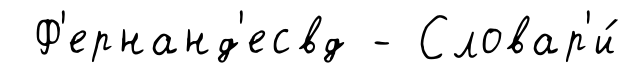
Ф'ернанд'есвд - Словар'и́